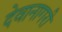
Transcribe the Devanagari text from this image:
देवानागरी